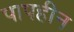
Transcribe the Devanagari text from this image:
पापहीन